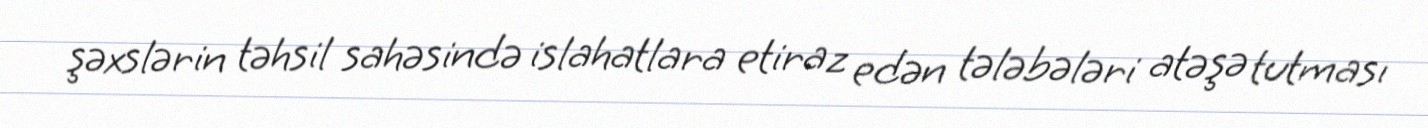
şəxslərin təhsil sahəsində islahatlara etiraz edən tələbələri atəşə tutması